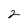
Character: 2